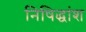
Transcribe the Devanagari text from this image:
निषिद्धांश